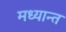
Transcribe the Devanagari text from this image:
मध्यान्त